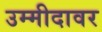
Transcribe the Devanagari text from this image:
उम्मीदावर